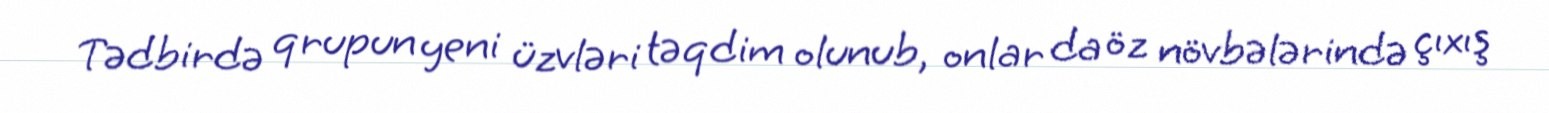
Tədbirdə qrupun yeni üzvləri təqdim olunub, onlar da öz növbələrində çıxış